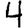
Digit: 4